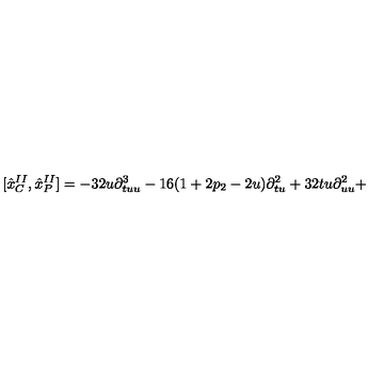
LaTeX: \lbrack { \hat { x } } _ { C } ^ { I I } , { \hat { x } } _ { P } ^ { I I } ] = - 3 2 u \partial _ { t u u } ^ { 3 } - 1 6 ( 1 + 2 p _ { 2 } - 2 u ) \partial _ { t u } ^ { 2 } + 3 2 t u \partial _ { u u } ^ { 2 } +